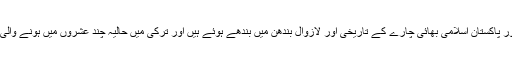
اِس موقع پر وزیرا علیٰ نے کہا کہ ترکی اور پاکستان اسلامی بھائی چارے کے تاریخی اور لازوال بندھن میں بندھے ہوئے ہیں اور ترکی میں حالیہ چند عشروں میں ہونے والی ترقی کو رول ماڈل کی حیثیت حاصل ہے۔